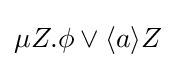
\mu Z.\phi \vee \langle a\rangle Z